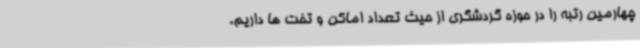
چهارمین رتبه را در حوزه گردشگری از حیث تعداد اماکن و تخت ها داریم.